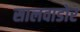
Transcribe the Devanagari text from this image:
सालवाडोर